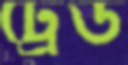
ট্রের্ড